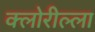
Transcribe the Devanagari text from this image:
क्लोरील्ला